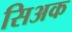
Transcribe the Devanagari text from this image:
सिअक